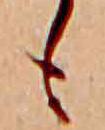
も